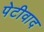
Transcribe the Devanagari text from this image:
पेटीवाद